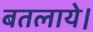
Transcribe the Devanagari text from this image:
बतलाये।